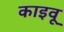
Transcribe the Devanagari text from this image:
काइवू